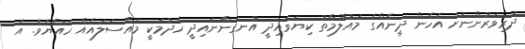
ދަރިވަރުންނަށް އެހެން ދީނެއްގެ މައުލޫމާތު ކިޔަވައިދީ އުނގަންނައިދީ ހެދުމަކީ މައްސަލައެއް ހެއްޔެވެ. އެ